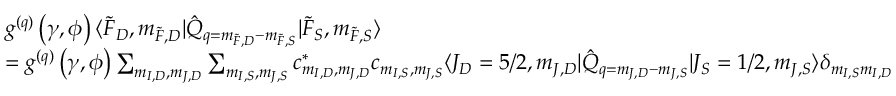
\begin{array} { r l } & { g ^ { ( q ) } \left( \gamma , \phi \right) \langle \Tilde { F } _ { D } , m _ { \Tilde { F } , D } \rvert \hat { Q } _ { q = m _ { \Tilde { F } , D } - m _ { \Tilde { F } , S } } \lvert \Tilde { F } _ { S } , m _ { \Tilde { F } , S } \rangle } \\ & { = g ^ { ( q ) } \left( \gamma , \phi \right) \sum _ { m _ { I , D } , m _ { J , D } } \sum _ { m _ { I , S } , m _ { J , S } } c _ { m _ { I , D } , m _ { J , D } } ^ { * } c _ { m _ { I , S } , m _ { J , S } } \langle J _ { D } = 5 / 2 , m _ { J , D } \rvert \hat { Q } _ { q = m _ { J , D } - m _ { J , S } } \lvert J _ { S } = 1 / 2 , m _ { J , S } \rangle \delta _ { m _ { I , S } m _ { I , D } } } \end{array}